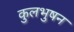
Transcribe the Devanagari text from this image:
कुलभुषन